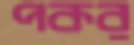
পকর